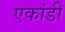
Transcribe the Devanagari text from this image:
एकांडी